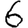
Digit: 6